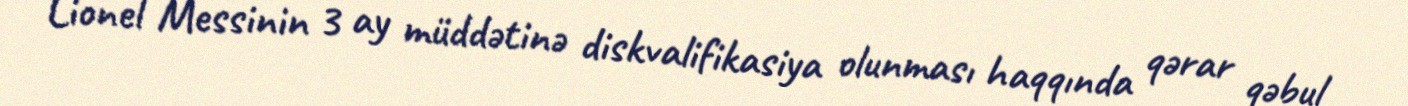
Lionel Messinin 3 ay müddətinə diskvalifikasiya olunması haqqında qərar qəbul